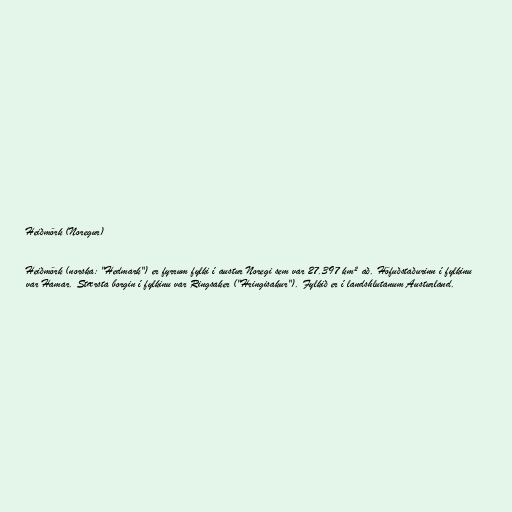
Heiðmörk (Noregur)

Heiðmörk (norska: "Hedmark") er fyrrum fylki í austur Noregi sem var 27.397 km² að. Höfuðstaðurinn í fylkinu
var Hamar. Stærsta borgin í fylkinu var Ringsaker ("Hringisakur"). Fylkið er í landshlutanum Austurland.